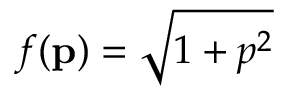
f ( { \bf p } ) = \sqrt { 1 + p ^ { 2 } }